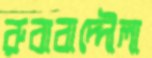
রুবাবাদ্দৌলা